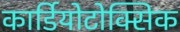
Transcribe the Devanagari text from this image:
कार्डियोटोक्सिक